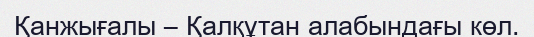
Қанжығалы – Қалқұтан алабындағы көл.